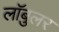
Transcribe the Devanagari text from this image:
लॉबुलर